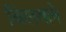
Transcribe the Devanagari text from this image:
बिलवाने